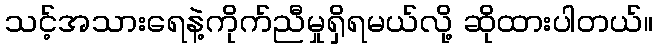
သင့်အသားရေနဲ့ကိုက်ညီမှုရှိရမယ်လို့ ဆိုထားပါတယ်။